Leprosy in India: report of the Leprosy Commission in India, 1890-91
Year: 1890
Disease focus: Leprosy
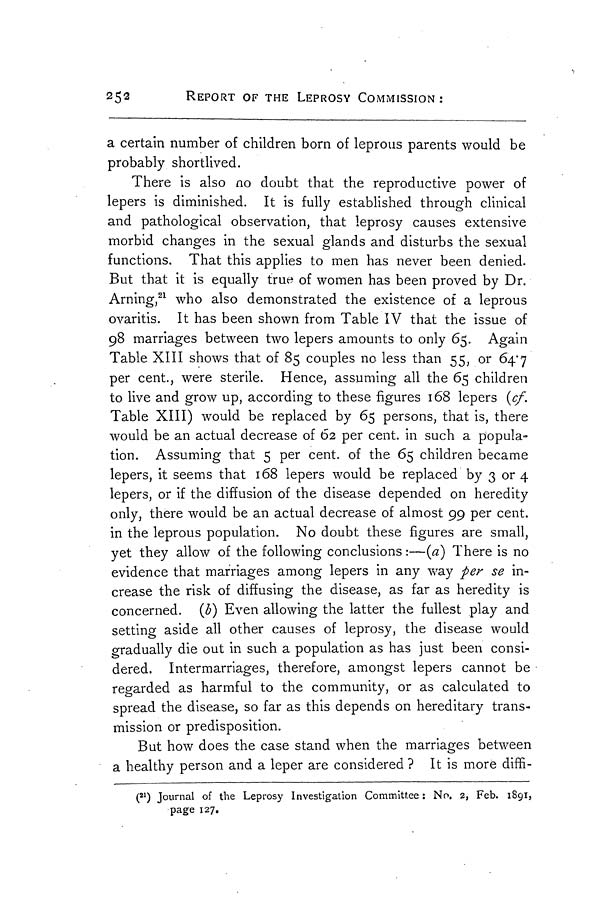
252
REPORT OF THE LEPROSY COMMISSION:
a certain number of children born of leprous parents would be
probably shortlived.
There is also no doubt that the reproductive power of
lepers is diminished. It is fully established through clinical
and pathological observation, that leprosy causes extensive
morbid changes in the sexual glands and disturbs the sexual
functions. That this applies to men has never been denied.
But that it is equally true of women has been proved by Dr.
Arning, 21 who also demonstrated the existence of a leprous
ovaritis. It has been shown from Table IV that the issue of
98 marriages between two lepers amounts to only 65. Again
Table XIII shows that of 85 couples no less than 55, or 64.7
per cent., were sterile. Hence, assuming all the 65 children
to live and grow up, according to these figures 168 lepers (cf.
Table XIII) would be replaced by 65 persons, that is, there
would be an actual decrease of 62 per cent. in such a popula-
tion. Assuming that 5 per cent. of the 65 children became
lepers, it seems that 168 lepers would be replaced by 3 or 4
lepers, or if the diffusion of the disease depended on heredity
only, there would be an actual decrease of almost 99 per cent.
in the leprous population. No doubt these figures are small,
yet they allow of the following conclusions :—(a) There is no
evidence that marriages among lepers in any way per se in-
crease the risk of diffusing the disease, as far as heredity is
concerned. (b) Even allowing the latter the fullest play and
setting aside all other causes of leprosy, the disease would
gradually die out in such a population as has just been consi-
dered. Intermarriages, therefore, amongst lepers cannot be
regarded as harmful to the community, or as calculated to
spread the disease, so far as this depends on hereditary trans-
mission or predisposition.
But how does the case stand when the marriages between
a healthy person and a leper are considered ? It is more diffi-
( 21 ) Journal of the Leprosy Investigation Committee : No. 2, Feb. 1891,
page 127.